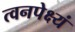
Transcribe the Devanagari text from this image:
त्वनपेक्ष्यं